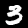
Label: 3